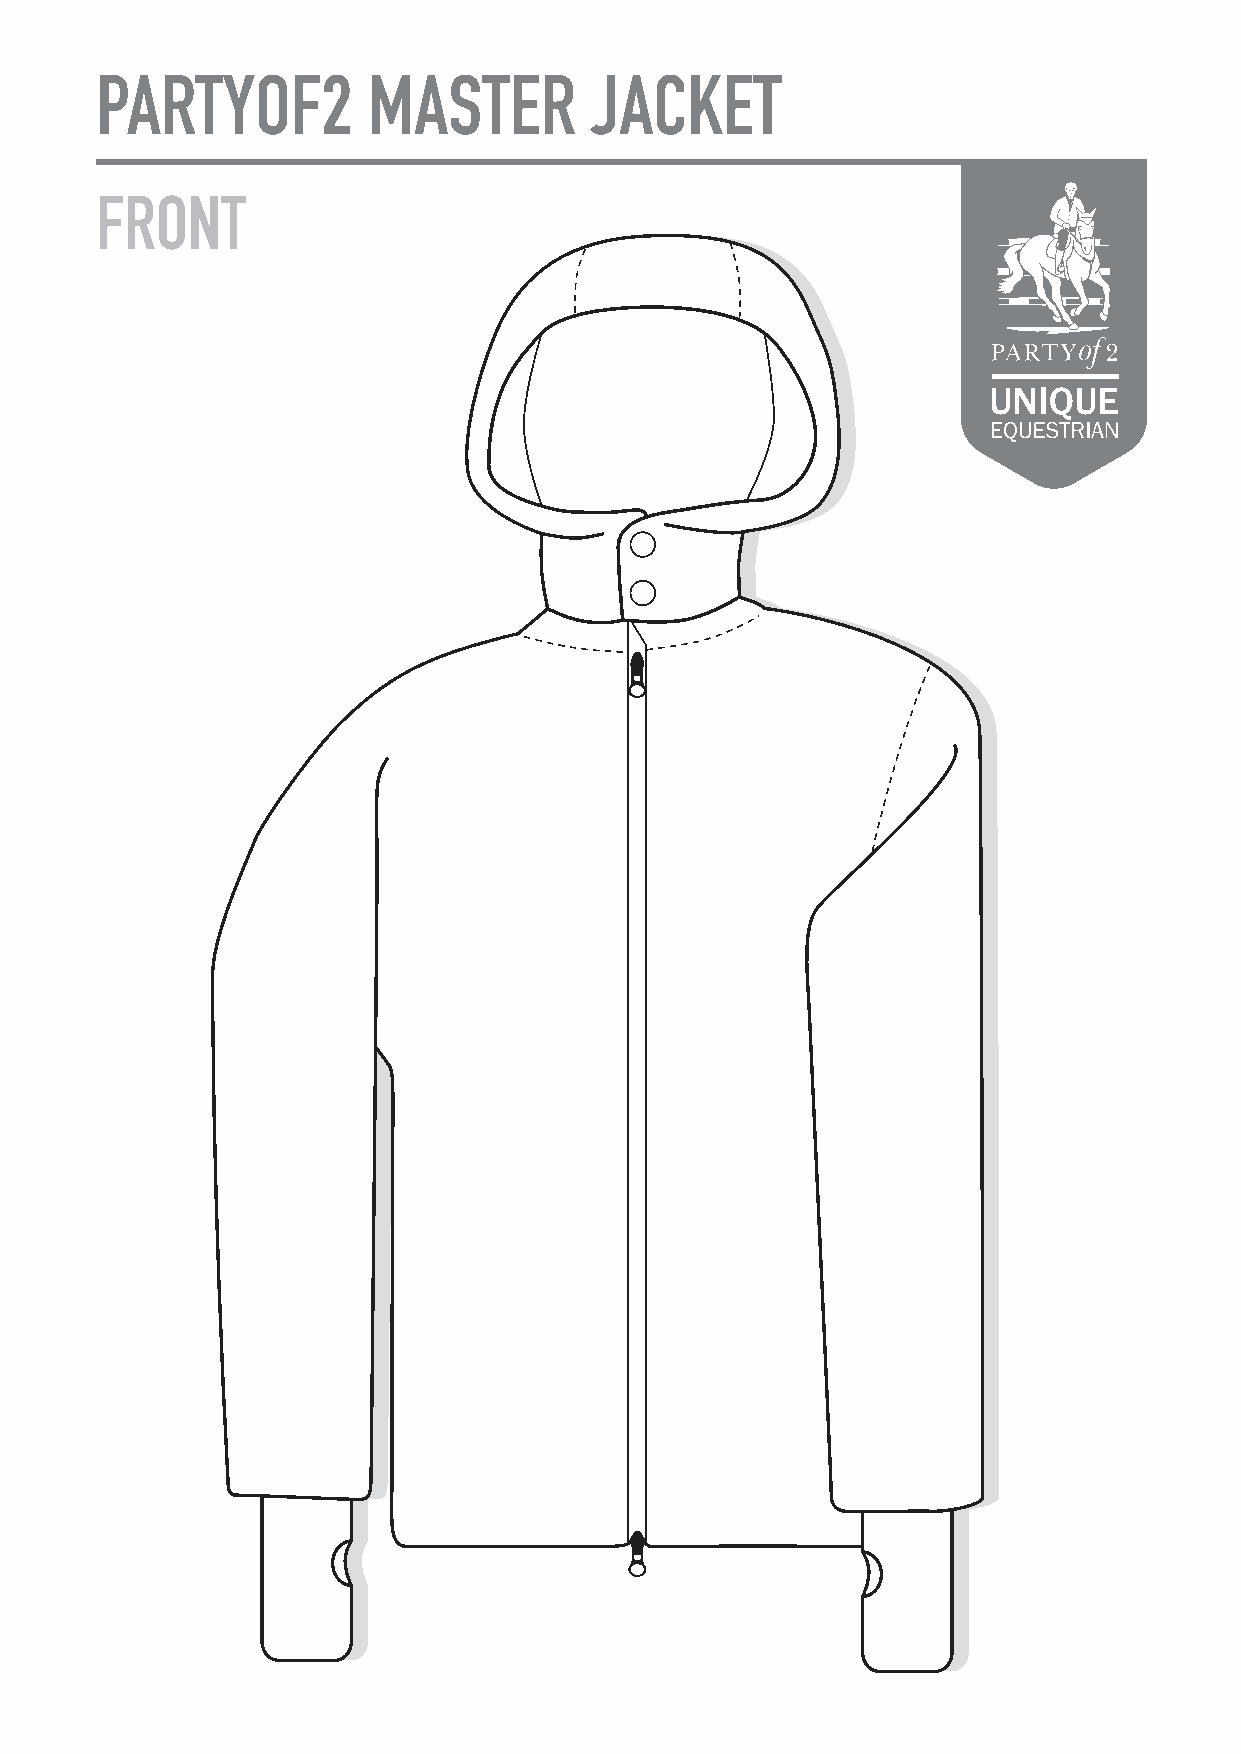
PARTYOF2          MASTER         JACKET
 FRONT